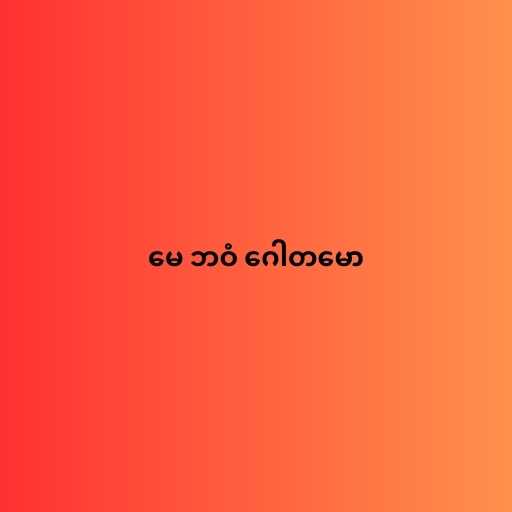
မေ ဘဝံ ဂေါတမော